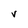
Character: V